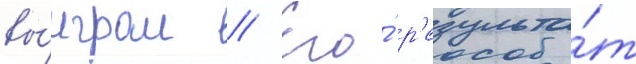
вы́играл // Его́ р'езульта́т